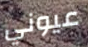
عيوني